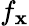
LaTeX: f_{\mathbf{x}}